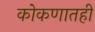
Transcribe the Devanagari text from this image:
कोकणातही